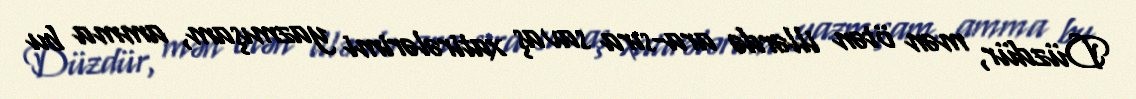
Düzdür, mən ötən illərdə ara-sıra savaş xatirələrimi yazmışam, amma bu